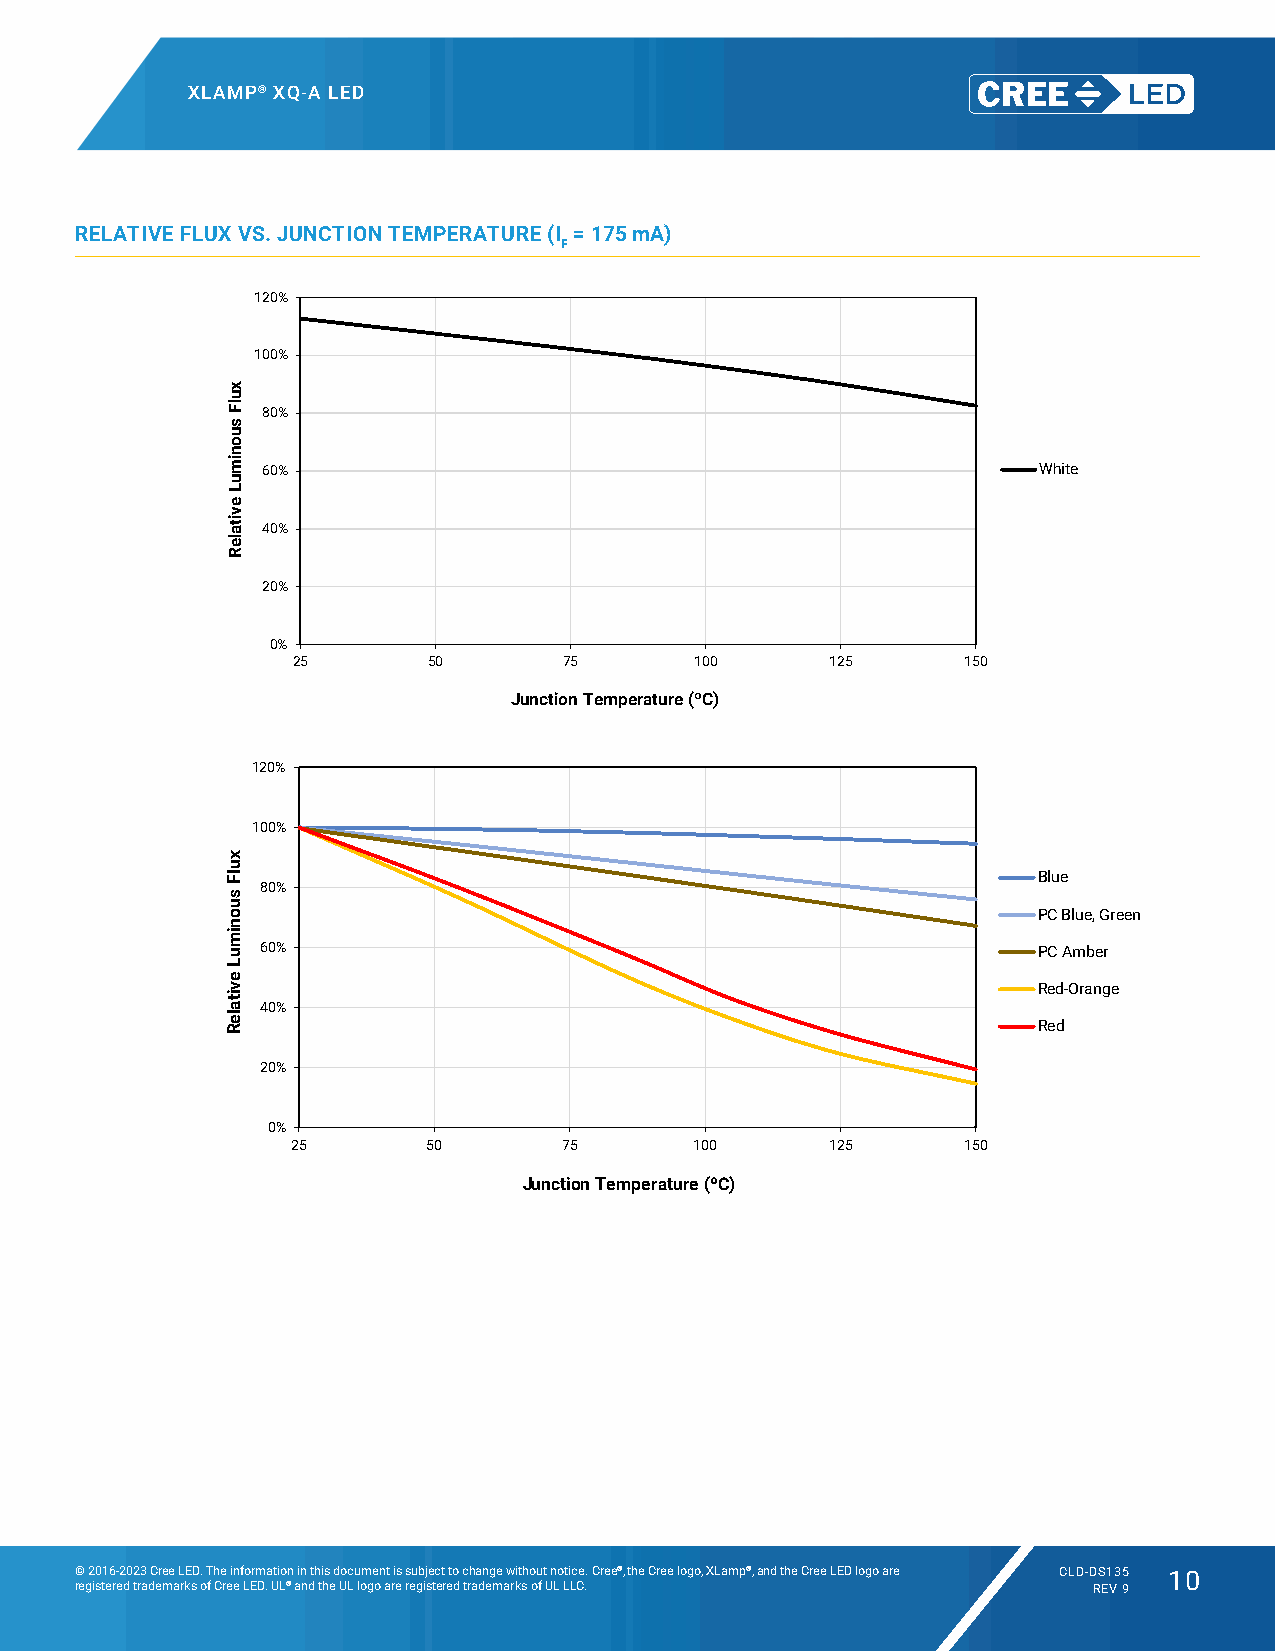
XLAMP® XQ-A LED
 Relative Flux Output vs. Junction Temperature
 RELATIVE FLUX VS. JUNCTION TEMPERATURE (I = 175 mA)
 F
 120%
 100%
 80%
 60%                                                 White
 40%
 20%
 0%
 Relative Flux Output vs. Junction Temperature
 25       50       75       100      125      150
 red-orange & red from XQA Red 300mA Max Datasheet Update 220616
 Junction Temperature (ºC)
 120%
 100%
 Blue
 80%
 PC Blue, Green
 60%                                                 PC Amber
 Red-Orange
 40%
 Red
 20%
 0%
 25       50       75       100      125      150
 Junction Temperature (ºC)
 © 2016-2023 Cree LED. The information in this document is subject to change without notice. Cree®, the Cree logo, XLamp®, and the Cree LED logo are CLD-DS135 10
 registered trademarks of Cree LED. UL® and the UL logo are registered trademarks of UL LLC. REV 9
 xulF
 suonimuL
 evitaleR
 xulF
 suonimuL
 evitaleR